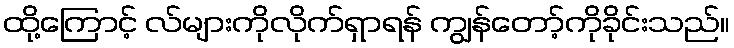
ထို့ကြောင့် လ်များကိုလိုက်ရှာရန် ကျွန်တော့်ကိုခိုင်းသည်။